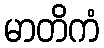
မာတိကံ